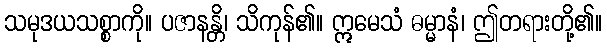
သမုဒယသစ္စာကို။ ပဇာနန္တိ၊ သိကုန်၏။ ဣမေသံ ဓမ္မာနံ၊ ဤတရားတို့၏။